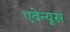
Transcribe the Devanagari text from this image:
एवेन्यूस